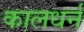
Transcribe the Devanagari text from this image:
कालधर्न